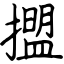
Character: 擝